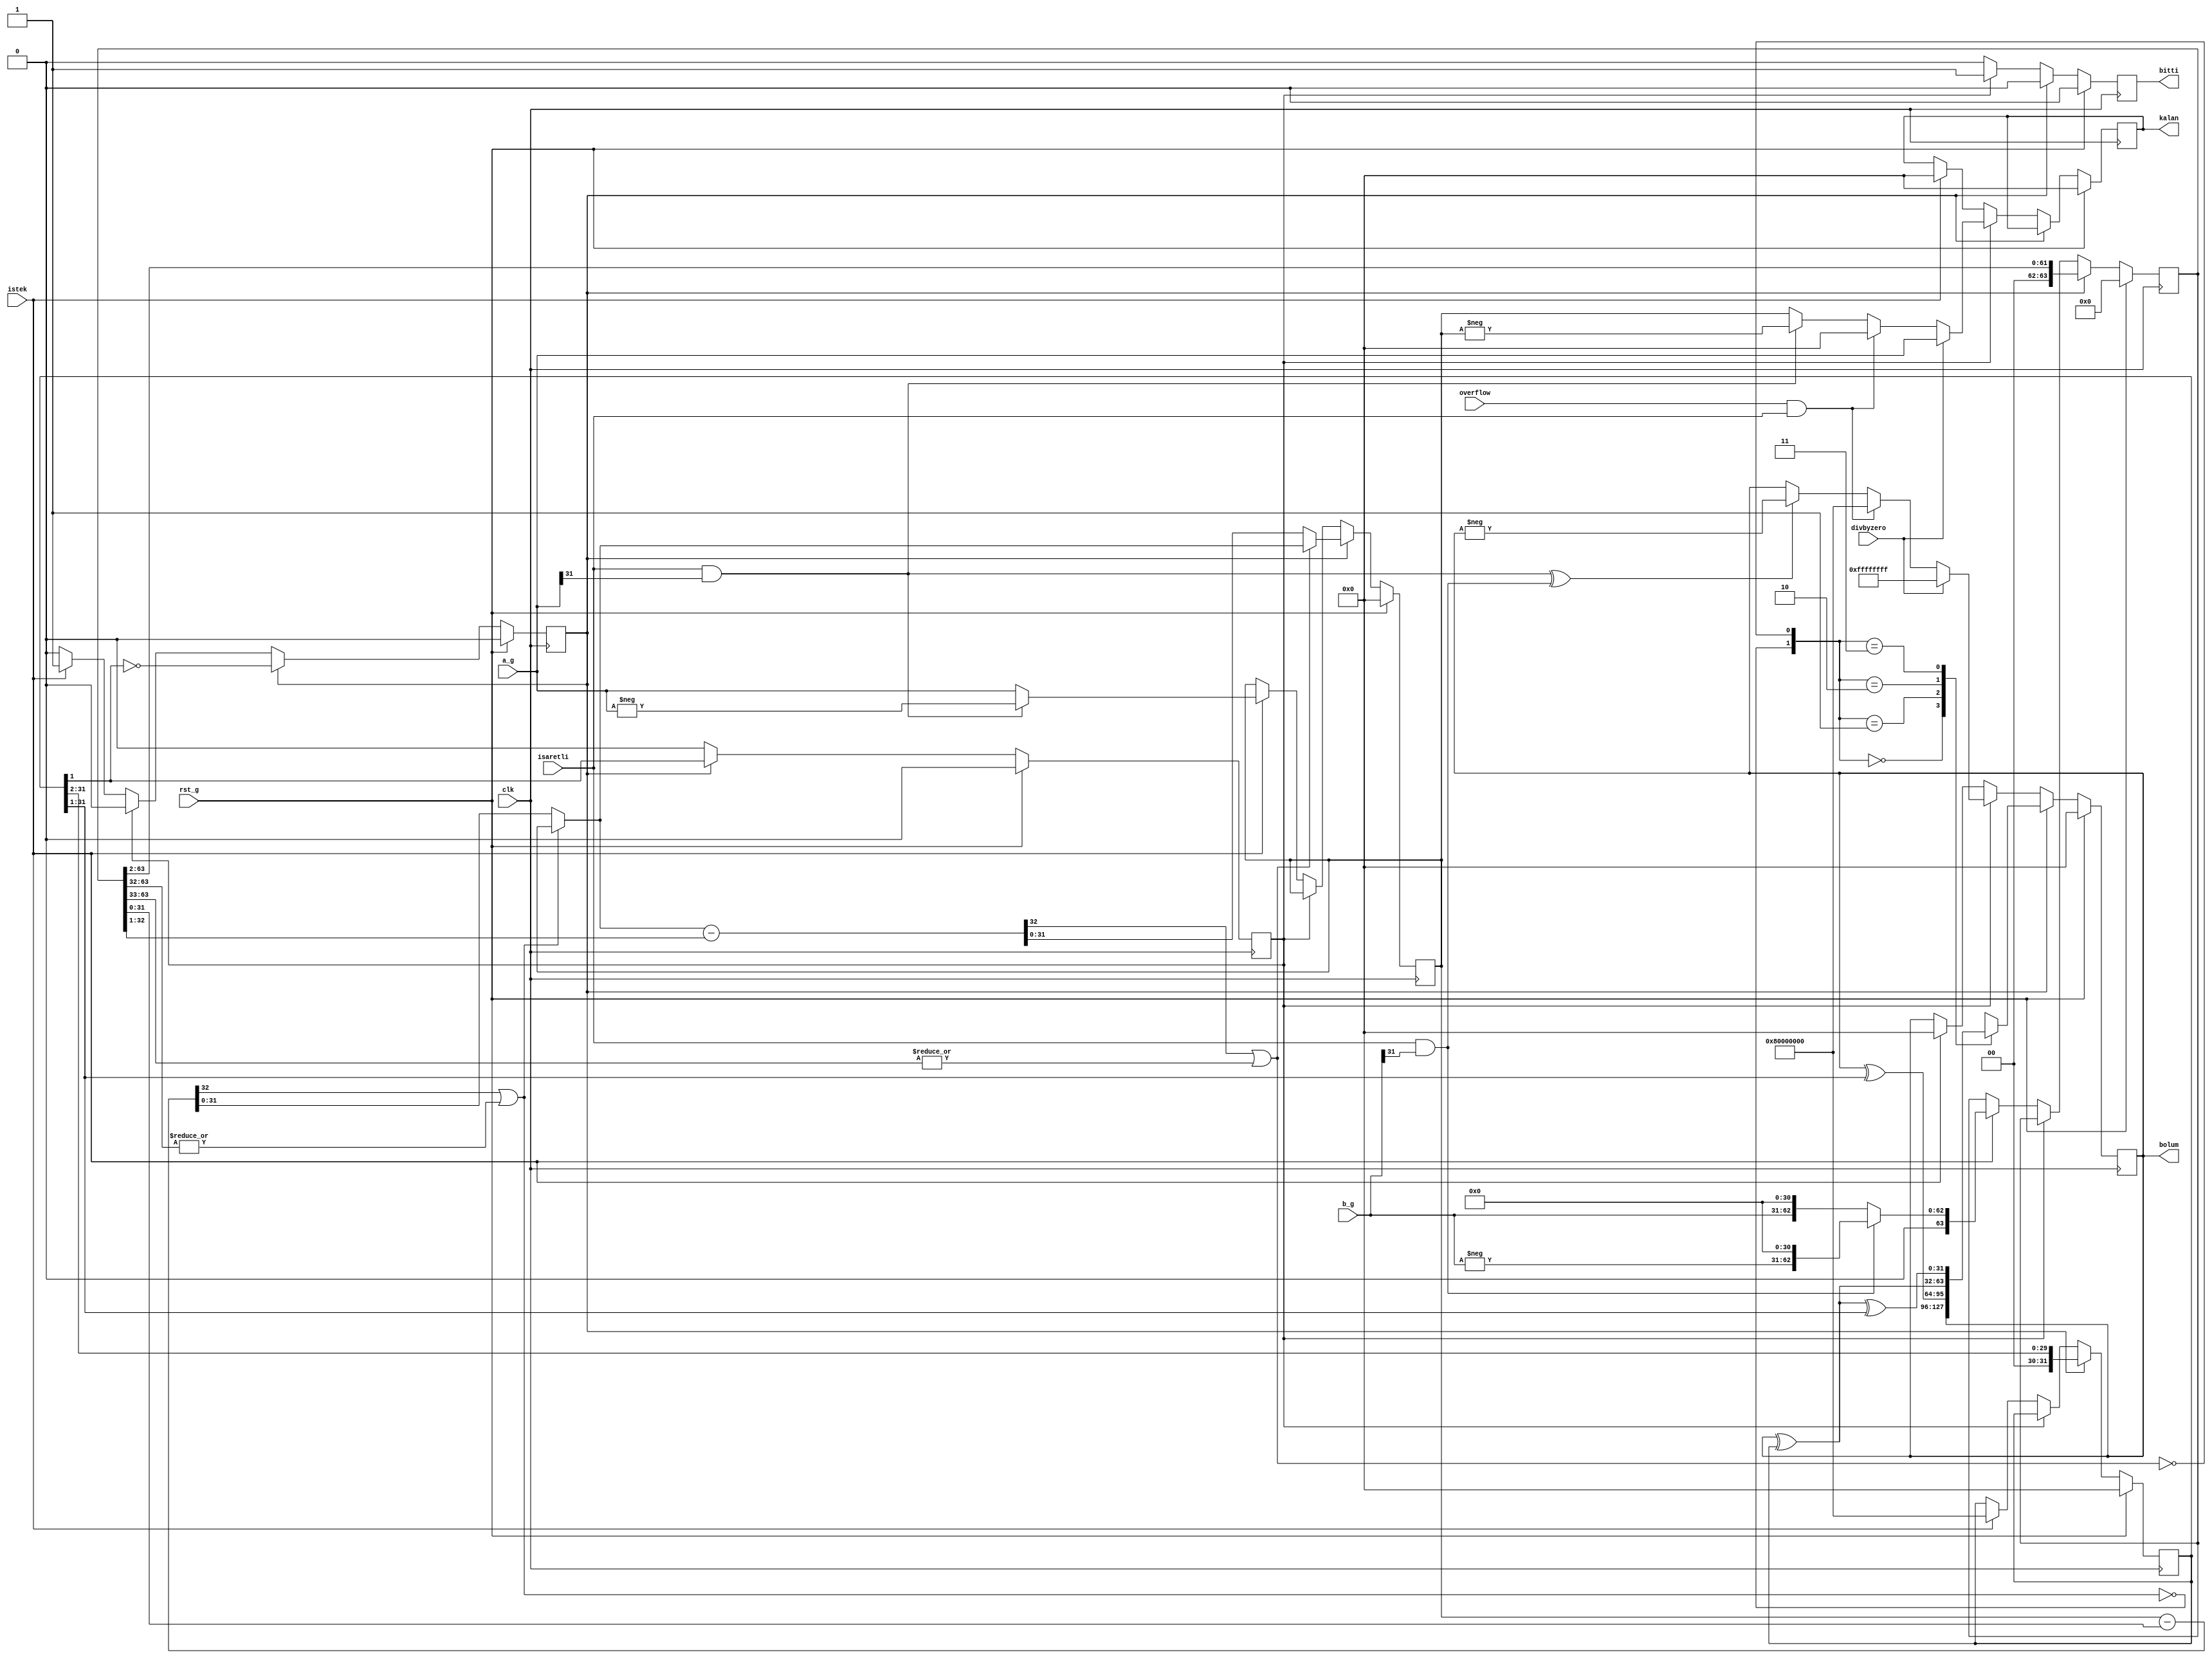
module iki_bit_adimli_bolucu(
    input                   rst_g,
    input       [31:0]      a_g,
    input       [31:0]      b_g,
    input                   istek,
    input                   isaretli,
    input                   overflow,
    input                   divbyzero,
    input                   clk,
    output      [31:0]      bolum,
    output      [31:0]      kalan,
    output      reg         bitti=0
    );
    
    /*
        İlk sayı sabit kalırken ikinci sayıyı 31 birim sola kaydırıyoruz kısaca 2^31 ile çarpmış oluyoruz.
        Daha sonra ikinci sayıyı birinciden çıkarıyoruz. Çıkardığımızda negatif bir sayı çıkıyorsa o çarpım içinde yok demektir.
        Var ise bölümü o basamaktaki değer bir oluyor ve ilk sayı yerine artık çıkarılmış halini kullanıyoruz.
        Tek saat dönümü içinde iki bit iki bit ilerlemeli olduğu için bir kaydırılmış hali ile yine bir çıkarma ve kontrol işlemi yapıyoruz.
        Negatif sayılar alınırken positif halleriyle alınıyor ve kalansızsa sadece sonucu negatife çeviriyoruz.
        Kalan var ise sonuç negatifinin bir eksiği ve kalan ikinci sayıdan kalanın çıkarılması ile bulunuyor.
    */
    
    localparam EVET = 1'b1;
    localparam HAYIR = 1'b0;
    
    // bölme işlemine 2^31 sayısıyla başlıyor
    localparam BOLME_BASLANGIC = 32'b1000_0000_0000_0000_0000_0000_0000_0000;
    
    reg [31:0] A, A_next;
    reg [63:0] B, B_next;
    reg [31:0] bolum, bolum_next;
    reg [31:0] kalan, kalan_next;
    
    // o anda hangi basamakta olduğu değeri, ikinci de ikinci çıkarma işlemi için
    reg [31:0] bolme_basamagi, bolme_basamagi_next = BOLME_BASLANGIC;
    wire [31:0] ikinci_bolme_basamagi = {1'b0, bolme_basamagi[31:1]};
    
    reg hesaplaniyor = HAYIR, hesaplaniyor_next = HAYIR; 
    reg sonuc_ver = HAYIR, sonuc_ver_next = HAYIR;
    
    reg bitti_next = 0;
    
    
    wire A_negatif_mi = isaretli & a_g[31];
    wire B_negatif_mi = isaretli & b_g[31];
    
    wire sonuc_negatif_mi = A_negatif_mi ^ B_negatif_mi;
    
    // sayının çıkarıldığı yer [32:0] olması bazı taşma durumları için
    wire [32:0] ilk_cikarma_sonucu = A - B[31:0];
    wire ilk_cikarma_sonucu_negatif_mi = ilk_cikarma_sonucu[32];
    wire ilk_cikarma_b_de_tasma_var_mi = |B[63:32];
    // eğer çıkarttığımızda pozitif bir sayı elde ediyorsak çıkarma işlemini yapmalıyız
    wire ilk_cikarmayi_yap = ~ (ilk_cikarma_sonucu_negatif_mi | ilk_cikarma_b_de_tasma_var_mi);
    // ilk çıkartmadan sonraki değer
    wire [31:0] A_ilk_cikarma_sonrasi = ( ilk_cikarmayi_yap ? ilk_cikarma_sonucu[31:0] : A );
    
    // ikinci çıkartmada ikinci sayının bir kaydırılmış hali ve ona göre taşma sonucuna bakıyoruz
    wire [32:0] ikinci_cikarma_sonucu = A_ilk_cikarma_sonrasi - B[32:1];
    wire ikinci_cikarma_sonucu_negatif_mi = ikinci_cikarma_sonucu[32];
    wire ikinci_cikarma_b_de_tasma_var_mi = |B[63:33];
    wire ikinci_cikarmayi_yap = ~ (ikinci_cikarma_sonucu_negatif_mi | ikinci_cikarma_b_de_tasma_var_mi);
    // ikinci çıkartmanın durumuna göre A'nın yeni durumunu atıyoruz
    wire [31:0] A_ikinci_cikarma_sonrasi = ( ikinci_cikarmayi_yap ? ikinci_cikarma_sonucu[31:0] : A_ilk_cikarma_sonrasi );
    
    
    always@ (*) begin
        bitti_next = HAYIR;
        hesaplaniyor_next = hesaplaniyor;
        A_next = A;
        B_next = B;
        bolme_basamagi_next = bolme_basamagi;
        sonuc_ver_next = sonuc_ver;
        kalan_next = kalan;
        bolum_next = bolum;
        if (hesaplaniyor) begin
            hesaplaniyor_next = ~bolme_basamagi[1];
            sonuc_ver_next = bolme_basamagi[1]; // iki kaydıra kaydıra bitmeden bir önceki adımda olan bir
            bitti_next = HAYIR;
            A_next = A_ikinci_cikarma_sonrasi; // ilki hesaplanan çıkarma sonucunu alıyor
            B_next = B >> 2; // ikinci sayıyı iki birim sağa kaydırıyoruz
            bolme_basamagi_next = bolme_basamagi >> 2; // bölme basamağı da beraber sola kayıyor
            case ( {ilk_cikarmayi_yap, ikinci_cikarmayi_yap} ) // çıkarma işlemini yapıp yapmamamıza göre o basamakları bölüme ekliyoruz
                2'b00:
                    bolum_next = bolum;
                2'b01:
                    bolum_next = bolum ^ ikinci_bolme_basamagi;
                2'b10:
                    bolum_next = bolum ^ bolme_basamagi;
                2'b11:
                    bolum_next = bolum ^ bolme_basamagi ^ ikinci_bolme_basamagi;
            endcase
        end
        else if(sonuc_ver) begin // çıkartma işlemlerinden sonraki negatif hesaplama kısmı
            hesaplaniyor_next = HAYIR;
            sonuc_ver_next = HAYIR;
            bitti_next = EVET;
            if (divbyzero) begin
                bolum_next = 32'hffffffff;
                kalan_next = a_g;
            end else if (overflow && isaretli) begin
                bolum_next = 32'h80000000;
                kalan_next = 32'h0;
            end
            else begin
                bolum_next = sonuc_negatif_mi? -bolum: bolum;
                kalan_next = A_negatif_mi? -A: A;
            end
        end
        else if (istek) begin // yeni istek
            hesaplaniyor_next = EVET;
            sonuc_ver_next = HAYIR;
            bitti_next = HAYIR;
            A_next = ( A_negatif_mi ? -a_g : a_g ); // A'yı pozitif olarak al
            B_next = ( B_negatif_mi ? {1'd0, -b_g, 31'd0} : {1'd0, b_g, 31'd0} ); // B 2^31 ile çarpılmış hali ile başlat
            bolme_basamagi_next = BOLME_BASLANGIC; // bölme basamağını başlangıca sıfırla
            kalan_next = 32'd0;
            bolum_next = 32'd0;
        end
    end
    
    always@ (posedge clk) begin
        if(rst_g) begin
            A <= 0;
            B <= 0;
            kalan <= 0;
            bolum <= 0;
            bitti <= 0;
            hesaplaniyor <= 0;
            sonuc_ver <= 0;
            bolme_basamagi <= 0;
        end else begin
            A <= A_next;
            B <= B_next;
            kalan <= kalan_next;
            bolum <= bolum_next;
            bitti <= bitti_next;
            hesaplaniyor <= hesaplaniyor_next;
            sonuc_ver <= sonuc_ver_next;
            bolme_basamagi <= bolme_basamagi_next;
        end
    end
    
    
    
endmodule